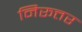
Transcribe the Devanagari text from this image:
निरूत्तर